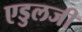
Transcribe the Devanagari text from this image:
एडुलजी